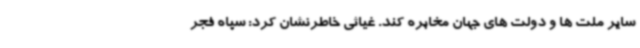
سایر ملت ها و دولت های جهان مخابره کند. غیاثی خاطرنشان کرد: سپاه فجر